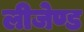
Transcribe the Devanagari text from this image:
लीजेण्ड